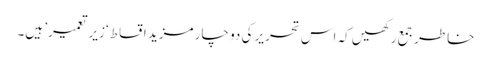
خاطر جمع رکھیں کہ اس تحریر کی دو چار مزید اقساط ‘زیر تعمیر’ ہیں۔